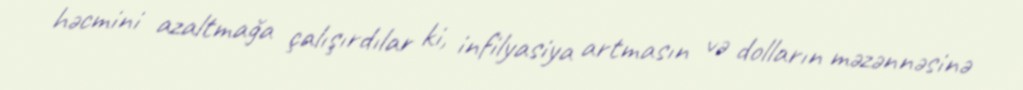
həcmini azaltmağa çalışırdılar ki, infilyasiya artmasın və dolların məzənnəsinə